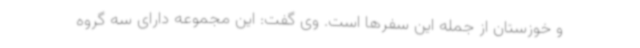
و خوزستان از جمله این سفرها است. وی گفت: این مجموعه دارای سه گروه